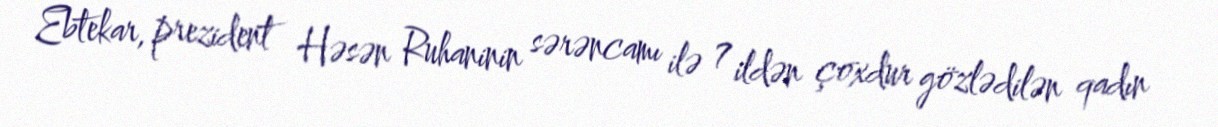
Ebtekar, prezident Həsən Ruhaninin sərəncamı ilə 7 ildən çoxdur gözlədilən qadın